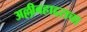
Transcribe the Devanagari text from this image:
अल्लीबहाद्दराचा